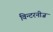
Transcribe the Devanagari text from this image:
विन्टरनीज